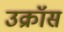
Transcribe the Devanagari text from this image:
उक्रॉस